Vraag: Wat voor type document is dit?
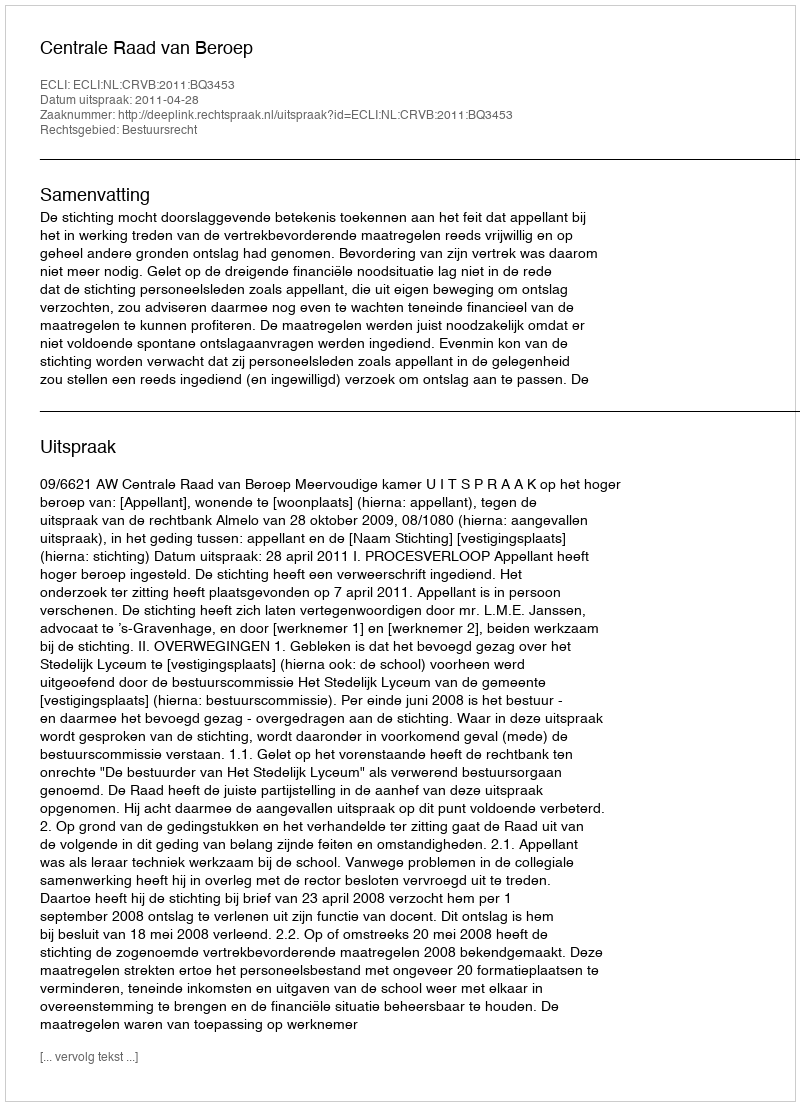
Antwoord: Uitspraak